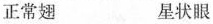
正常翅 星状眼